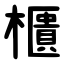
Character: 櫃